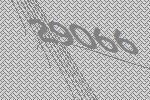
29066